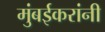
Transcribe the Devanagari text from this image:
मुंबईकरांनी